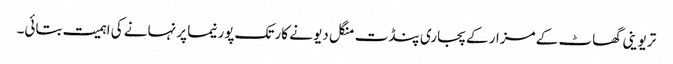
تریوینی گھاٹ کے مزار کے پجاری پنڈت منگل دیو نے کارتک پورنیما پر نہانے کی اہمیت بتائی۔